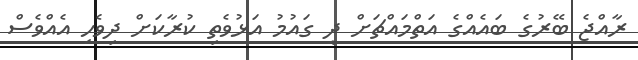
ރާއްޖެ ބޭރުގެ ބައެއްގެ އަތްމައްޗަށް ދީ ގައުމު އަޅުވެތި ކުރާކަށް ދިވެހި އެއްވެސް